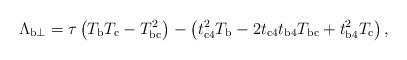
LaTeX: \begin{align*}\Lambda_{{\rm b}\perp}=\tau\left(T_{\rm b}T_{\rm c}-T_{\rm{bc}}^2\right)-\left(t_{\rm{c4}}^2T_{\rm b}-2t_{\rm{c4}}t_{\rm{b4}}T_{\rm{bc}}+t_{\rm{b4}}^2T_{\rm c}\right) ,\end{align*}